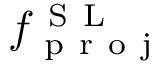
f _ { \mathrm { ~ p ~ r ~ o ~ j ~ } } ^ { \mathrm { ~ S ~ L ~ } }